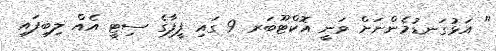
" އަޅުގަނޑުމެންނަށް ވަނީ އޮކްޓޫބަރ 9 ގައި ފީފާގެ ސިޓީ އެއް ލިބިފައި